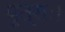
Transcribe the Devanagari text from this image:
पुत्राः।